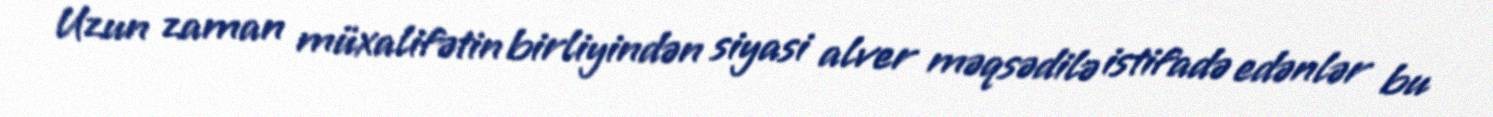
Uzun zaman müxalifətin birliyindən siyasi alver məqsədilə istifadə edənlər bu